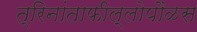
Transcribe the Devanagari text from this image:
त्रिनांताफील्लोपौळस